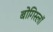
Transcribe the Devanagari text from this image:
बोगिस्लॉ